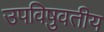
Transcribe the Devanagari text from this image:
उपविषुवतीय